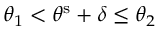
\theta _ { 1 } < \theta ^ { \mathrm { s } } + \delta \leq \theta _ { 2 }